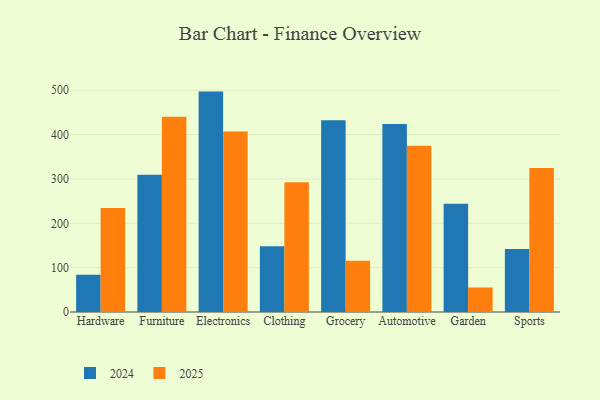
{"axis": {"x": "Category", "y": "Population (Million)"}, "legend": ["2024", "2025"], "data": [{"x": "Hardware", "y": 234.6, "type": "2025"}, {"x": "Hardware", "y": 84.1, "type": "2024"}, {"x": "Furniture", "y": 440.5, "type": "2025"}, {"x": "Furniture", "y": 309.4, "type": "2024"}, {"x": "Electronics", "y": 407.3, "type": "2025"}, {"x": "Electronics", "y": 497.0, "type": "2024"}, {"x": "Clothing", "y": 292.6, "type": "2025"}, {"x": "Clothing", "y": 148.0, "type": "2024"}, {"x": "Grocery", "y": 115.5, "type": "2025"}, {"x": "Grocery", "y": 432.3, "type": "2024"}, {"x": "Automotive", "y": 375.1, "type": "2025"}, {"x": "Automotive", "y": 424.1, "type": "2024"}, {"x": "Garden", "y": 55.3, "type": "2025"}, {"x": "Garden", "y": 244.3, "type": "2024"}, {"x": "Sports", "y": 324.5, "type": "2025"}, {"x": "Sports", "y": 141.9, "type": "2024"}]}